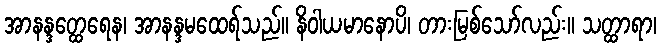
အာနန္ဒတ္ထေရေန၊ အာနန္ဒမထေရ်သည်။ နိဝါယမာနောပိ၊ တားမြစ်သော်လည်း။ သတ္ထာရာ၊